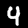
Digit: 4